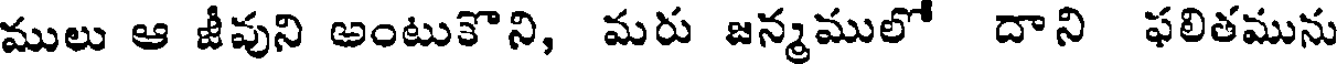
ములు ఆ జీవుని అంటుకొని, మరు జన్మములో దాని ఫలితమును